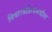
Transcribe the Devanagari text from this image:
विचारप्रक्रियेमधील